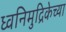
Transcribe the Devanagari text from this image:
ध्वनिमुद्रिकेच्या